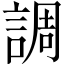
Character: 調